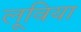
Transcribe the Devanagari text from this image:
लूविया